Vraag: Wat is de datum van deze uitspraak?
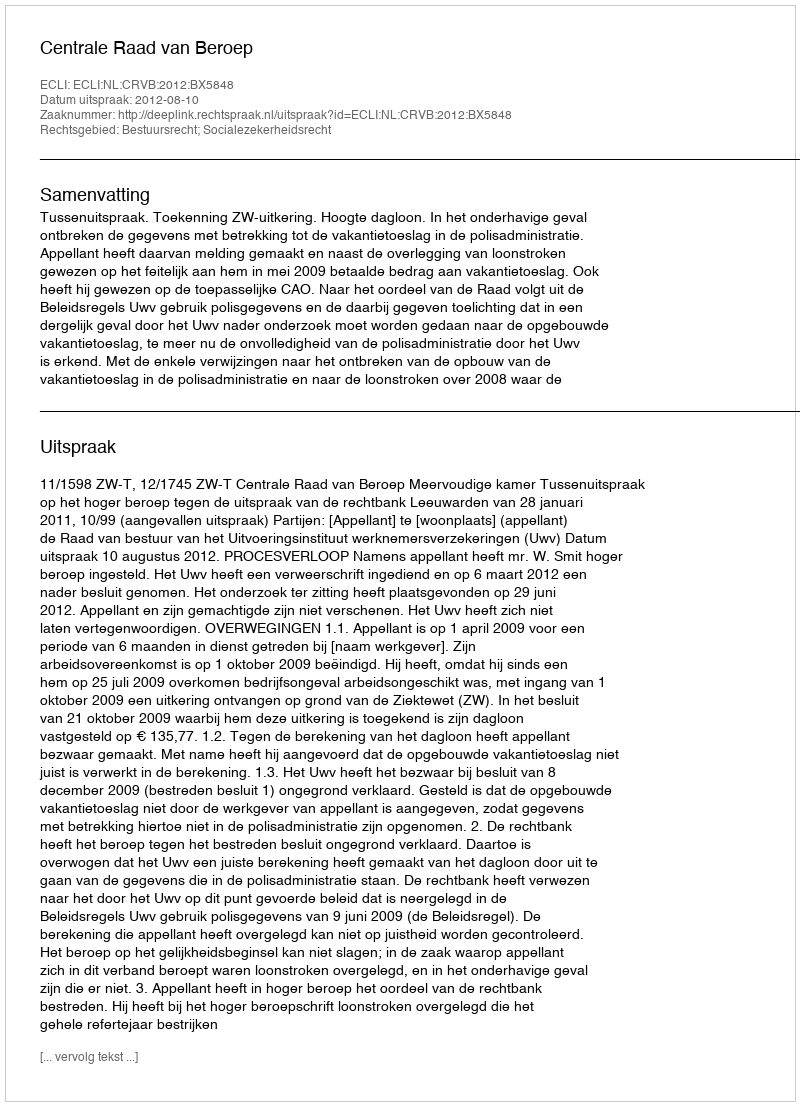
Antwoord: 2012-08-10